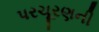
પરચૂરણની